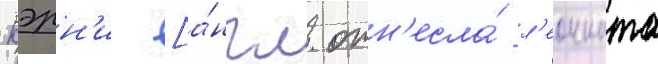
Кэрн'и [а́нгл. отн'есла́ л'еонната